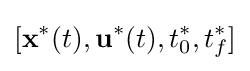
[{\textbf {x}}^{*}(t),{\textbf {u}}^{*}(t),t_{0}^{*},t_{f}^{*}]